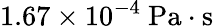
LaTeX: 1.67\times 10^{-4}\ \mathrm{Pa\cdot s}